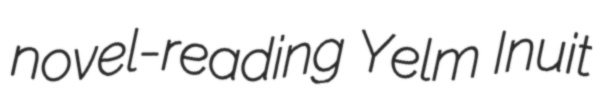
novel-reading Yelm Inuit